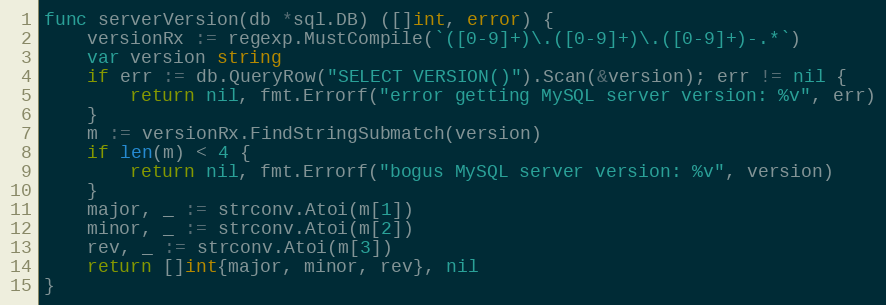
Language: Go
func serverVersion(db *sql.DB) ([]int, error) {
	versionRx := regexp.MustCompile(`([0-9]+)\.([0-9]+)\.([0-9]+)-.*`)
	var version string
	if err := db.QueryRow("SELECT VERSION()").Scan(&version); err != nil {
		return nil, fmt.Errorf("error getting MySQL server version: %v", err)
	}
	m := versionRx.FindStringSubmatch(version)
	if len(m) < 4 {
		return nil, fmt.Errorf("bogus MySQL server version: %v", version)
	}
	major, _ := strconv.Atoi(m[1])
	minor, _ := strconv.Atoi(m[2])
	rev, _ := strconv.Atoi(m[3])
	return []int{major, minor, rev}, nil
}